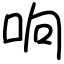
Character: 响